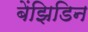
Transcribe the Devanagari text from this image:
बेंझिडिन